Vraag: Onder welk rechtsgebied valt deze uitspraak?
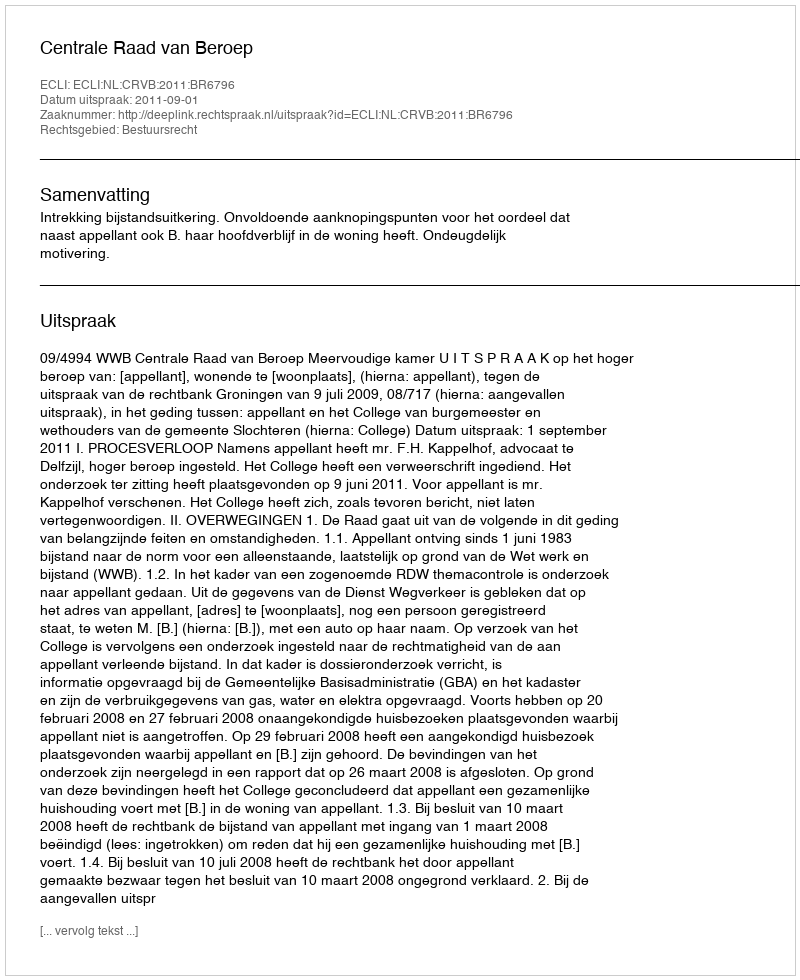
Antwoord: Bestuursrecht